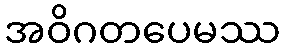
အဝိဂတပေမဿ